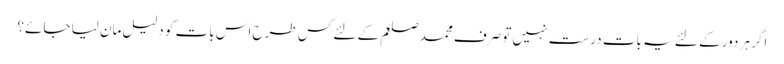
اگر ہر دور کے لئے یہ بات درست نہیں تو صرف محمد صلعم کے لئے کس طرح اس بات کو دلیل مان لیا جائے؟